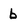
Character: b